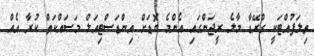
ތިލަފުއްޓަކީ ގްރޭޑާ މާލެ ރީޖަންގައި އެންމެ ބޮޑަށް އިންޑަސްޓިއަލް މަސައްކަތް ކުރާ އެއް